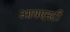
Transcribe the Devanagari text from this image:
आयएनटी